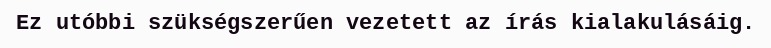
Ez utóbbi szükségszerűen vezetett az írás kialakulásáig.